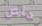
خاص